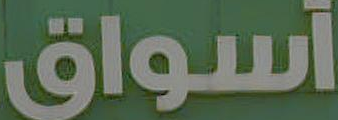
أسواق